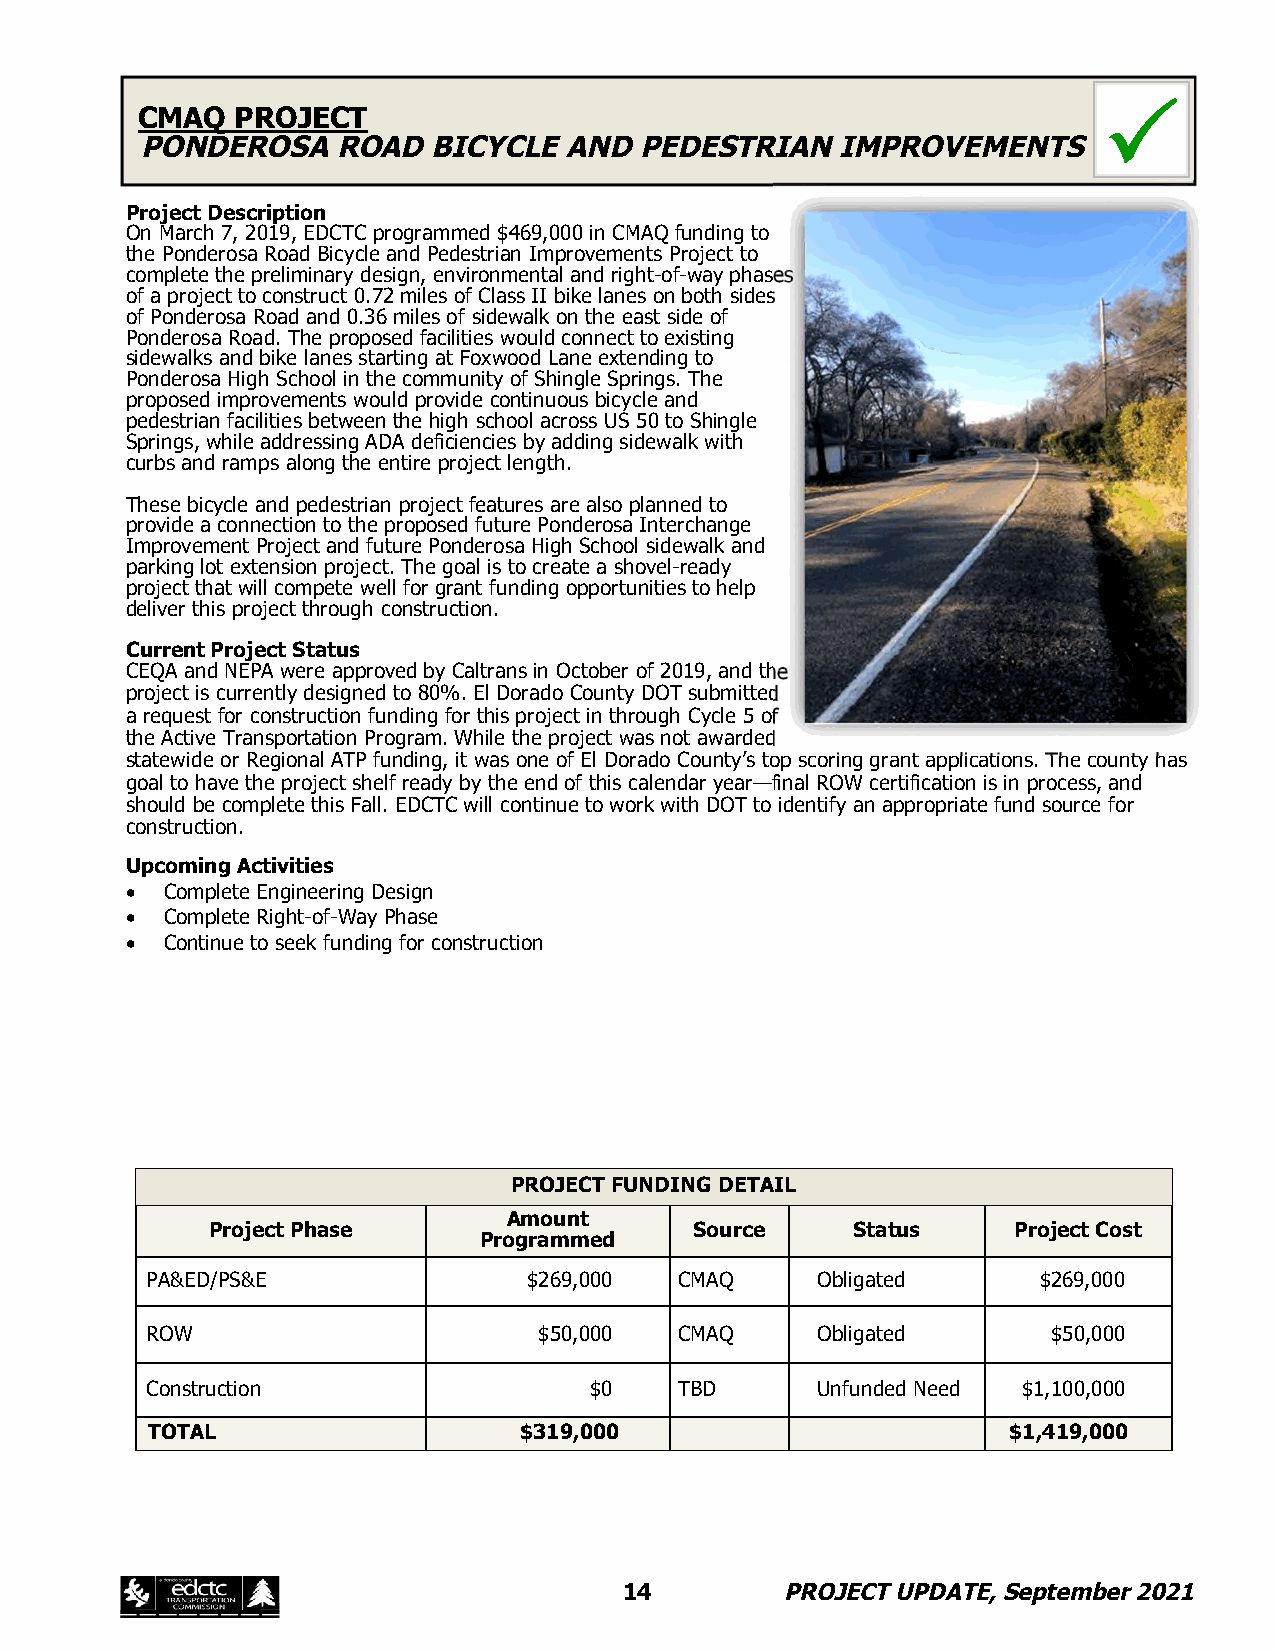

 CMAQ   PROJECT
 PONDEROSA    ROAD  BICYCLE  AND  PEDESTRIAN   IMPROVEMENTS
 Project Description
 On March 7, 2019, EDCTC programmed $469,000 in CMAQ funding to
 the Ponderosa Road Bicycle and Pedestrian Improvements Project to
 complete the preliminary design, environmental and right-of-way phases
 of a project to construct 0.72 miles of Class II bike lanes on both sides
 of Ponderosa Road and 0.36 miles of sidewalk on the east side of
 Ponderosa Road. The proposed facilities would connect to existing
 sidewalks and bike lanes starting at Foxwood Lane extending to
 Ponderosa High School in the community of Shingle Springs. The
 proposed improvements would provide continuous bicycle and
 pedestrian facilities between the high school across US 50 to Shingle
 Springs, while addressing ADA deficiencies by adding sidewalk with
 curbs and ramps along the entire project length.
 These bicycle and pedestrian project features are also planned to
 provide a connection to the proposed future Ponderosa Interchange
 Improvement Project and future Ponderosa High School sidewalk and
 parking lot extension project. The goal is to create a shovel-ready
 project that will compete well for grant funding opportunities to help
 deliver this project through construction.
 Current Project Status
 CEQA and NEPA were approved by Caltrans in October of 2019, and the
 project is currently designed to 80%. El Dorado County DOT submitted
 a request for construction funding for this project in through Cycle 5 of
 the Active Transportation Program. While the project was not awarded
 statewide or Regional ATP funding, it was one of El Dorado County’s top scoring grant applications. The county has
 goal to have the project shelf ready by the end of this calendar year—final ROW certification is in process, and
 should be complete this Fall. EDCTC will continue to work with DOT to identify an appropriate fund source for
 construction.
 Upcoming Activities
   Complete Engineering Design
   Complete Right-of-Way Phase
   Continue to seek funding for construction
 PROJECT FUNDING DETAIL
 Amount
 Project Phase                   Source     Status    Project Cost
 Programmed
 PA&ED/PS&E               $269,000  CMAQ     Obligated      $269,000
 ROW                       $50,000  CMAQ     Obligated       $50,000
 Construction                 $0    TBD      Unfunded Need $1,100,000
 TOTAL                   $319,000                         $1,419,000
 14         PROJECT UPDATE, September 2021